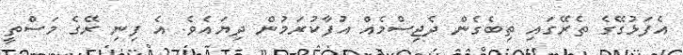
އެފަޅުގޭގެ ތެރޭގައި ތިބެގެން ދެޖިސްމެއް އުފާކުރަމުން ދިޔައެވެ. އެ ފިނި ރޭގެ މަސްތީ